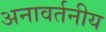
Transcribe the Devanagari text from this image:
अनावर्तनीय